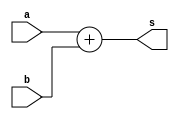
 // ------------------------- 
// Exemplo0017 - OPERAES
// Nome: Rafael Santos Moura 
// ------------------------- 
// ------------------------- 
// test number system 
// ------------------------- 

module EX02a (output [6:0]s, input [5:0]a, input [4:0]b);
	assign s = a + b;
endmodule

module EX02b (output [5:0]s, input [4:0]a, input [4:0]b);
	assign s = a + b;
endmodule
	
module EX02c (output [9:0]s, input [9:0]a, input [6:0]b);
	assign s = a / b;
endmodule
	
module EX02d (output [8:0]s, input [8:0]a, input [8:0]b);
	assign s = a - b;
endmodule
	
module EX02e (output [9:0]s, input [4:0]a, input [4:0]b, input [7:0]c);
	assign s = ((a * b) + c);
endmodule

module test_base_01; 
// ------------------------- definir dados 
	reg [5:0]a; 
	reg [4:0]b; 
	reg [4:0]c; 
	reg [4:0]d;
	reg [9:0]e; 
	reg [6:0]f; 
	reg [8:0]g; 
	reg [8:0]h; 
	reg [4:0]i; 
	reg [4:0]j; 
	reg [7:0]k;   
		
	wire [6:0]sA; 
	wire [5:0]sB; 
	wire [9:0]sC; 
	wire [8:0]sD; 
	wire [9:0]sE;  
	
	EX02a letraA(sA, a, b); 
	EX02b letraB(sB, c, d);
	EX02c letraC(sC, e, f);
	EX02d letraD(sD, g, h);
	EX02e letraE(sE, i, j, k);
	
// ------------------------- parte principal 
initial begin 
	$display("Exemplo0017 - Rafael Santos Moura - 441705"); 
	$display("Test number system"); 
	
	a = 6'b100110;
	b = 5'b11011; 
	$display("\nLetra A)");
	$display("%b + %b = %b", a, b, sA);
	
	c = 5'b11101;
	d = 'o25;
	$display("\nLetra B)");
	$display("%b + %o = %b", c, d, sB);
				
	e = 'o1234;
	f = 'h4C;
	$display("\nLetra C)");
	$display("%o / %h = %b", e, f, sC);
				
	g = 'h1BA;
	h = 9'b101110011;
	$display("\nLetra D)");
	$display("%h - %b = %b", g, h, sD);
				
	i = 25;
	j = 'o32;
	k = 'h8A;
	$display("\nLetra E)");
	$display("(%d * %o) + %h = %b", i, j, k, sE);	

end 
endmodule // test_base